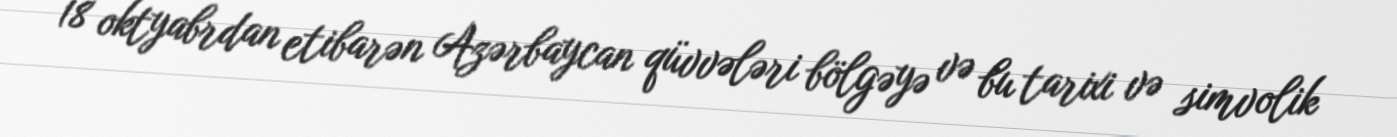
18 oktyabrdan etibarən Azərbaycan qüvvələri bölgəyə və bu tarixi və simvolik